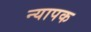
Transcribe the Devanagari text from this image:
न्यापक